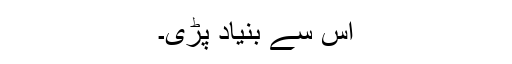
اس سے بنیاد پڑی۔